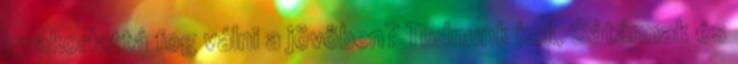
gyakorlattá fog válni a jövőben? Tudnunk kell, Sátánnak és